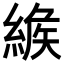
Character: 𦂐